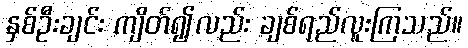
နှစ်ဦးချင်း ကျိတ်၍လည်း ချစ်ရည်လူးကြသည်။